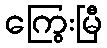
ကြွေးမြီ